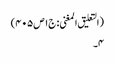
(التعلیق المغنی: ج۱ص۴۰۵)
۴۔